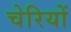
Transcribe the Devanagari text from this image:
चेरियों